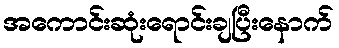
အကောင်းဆုံးရောင်းချပြီးနောက်